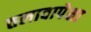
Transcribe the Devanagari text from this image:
तलावापेक्षा